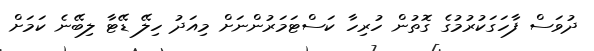
ދުވަސް ފާހަގަކުރުމުގެ ގޮތުން ހުރިހާ ކަސްޓަމަރުންނަށް މިއަދު ހިލޭ ޑޭޓާ ލިބޭނެ ކަމަށް